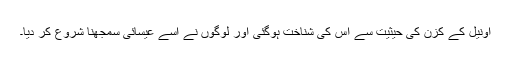
اونیل کے کزن کی حیثیت سے اس کی شناخت ہوگئی اور لوگوں نے اسے عیسائی سمجھنا شروع کر دیا۔